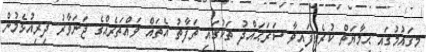
މިޤައުމުގައި ޙިމާޔަތް ކުރެވިފައިވާ ސަރަޙައްދު ތަކުގައި ތަފާތު އެތައް ވައްތަރެއްގެ ޖަނަވާރު ދިރިއުޅެމުން